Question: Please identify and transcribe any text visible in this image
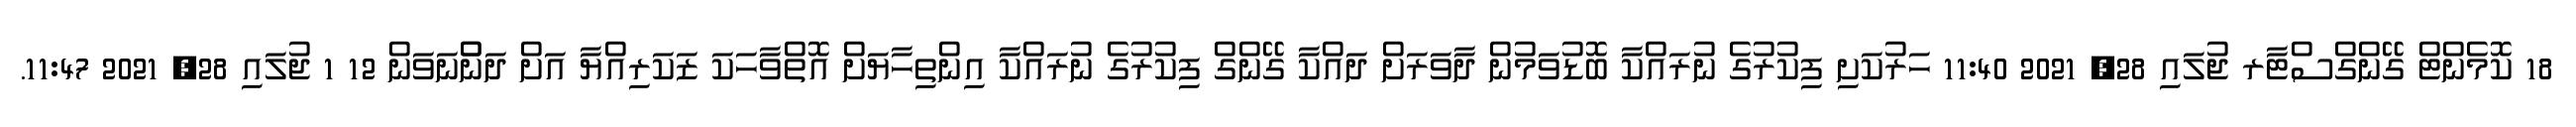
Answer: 18 ކޮމެންޓް ގޭންގްސްޓާރ ޖުލައި 28, 2021 11:40 ހަރުކަށި ފިކުރުގެ ނުރައްކާ ބޮޑުވަމުން ދާވަރަށް ދައްކާ ގޭންގް ފިކުރުގެ ނުރައްކާ އިންތިހާޔަށް އޮތްވާހަކަ ޒަކަރިއްޔާ އަށް ދަންްނަވަން 12 1 ޖުލައި 28, 2021 11:47.